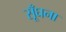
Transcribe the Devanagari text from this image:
सूँघना